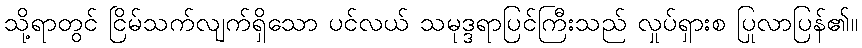
သို့ရာတွင် ငြိမ်သက်လျက်ရှိသော ပင်လယ် သမုဒ္ဒရာပြင်ကြီးသည် လှုပ်ရှားစ ပြုလာပြန်၏။